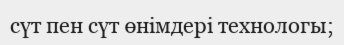
сүт пен сүт өнімдері технологы;